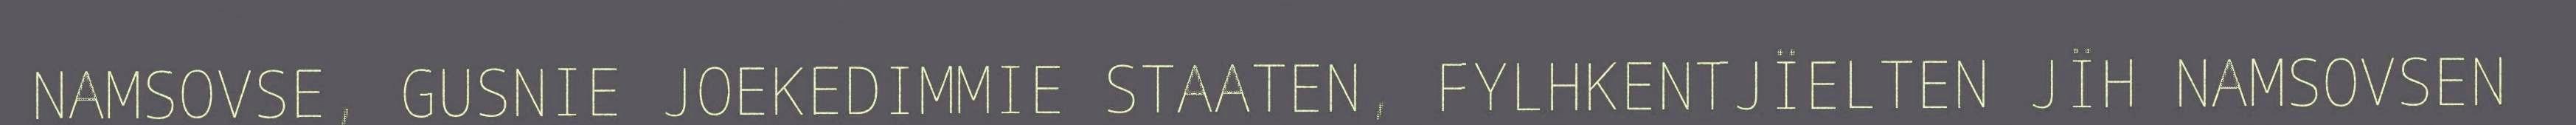
NAMSOVSE, GUSNIE JOEKEDIMMIE STAATEN, FYLHKENTJÏELTEN JÏH NAMSOVSEN